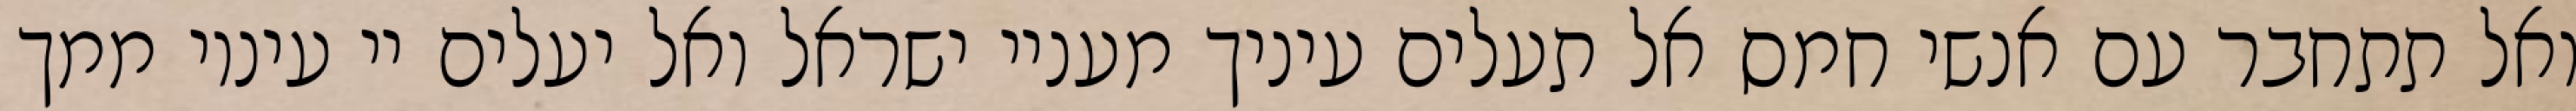
ואל תתחבר עם אנשי חמס אל תעלים עיניך מעניי ישראל ואל יעלים יי עיניו ממך